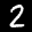
Label: 2